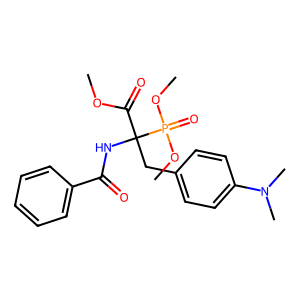
SMILES: COC(=O)C(Cc1ccc(N(C)C)cc1)(NC(=O)c1ccccc1)P(=O)(OC)OC
Inhibits HIV replication: No